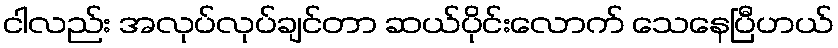
ငါလည်း အလုပ်လုပ်ချင်တာ ဆယ်ပိုင်းလောက် သေနေပြီဟယ်